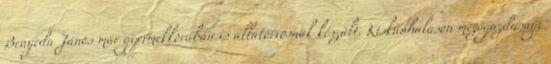
Benyeda János már gyermekkorában is állatorvosnak készült. Kiskunhalason mezôgazdasági